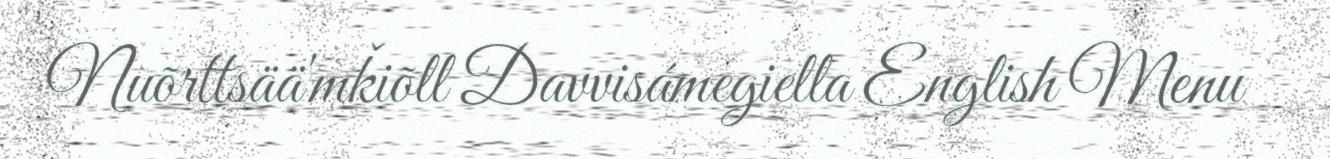
Nuõrttsää'mǩiõll Davvisámegiella English Menu